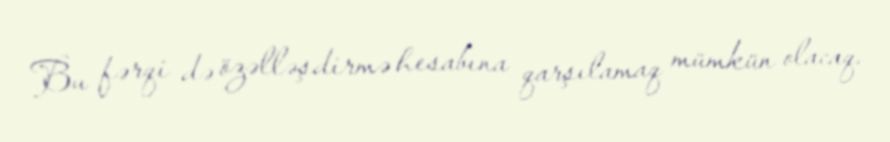
Bu fərqi də özəlləşdirmə hesabına qarşılamaq mümkün olacaq.